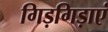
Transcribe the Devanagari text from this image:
गिड़गिड़ाएं